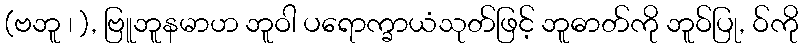
(ဗဘူ ၊ ), ဗြူဘူနမာဟ ဘူဝါ ပရောက္ခာယံသုတ်ဖြင့် ဘူဓာတ်ကို ဘူဝ်ပြု, ဝ်ကို